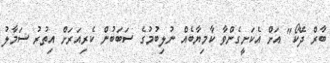
ބާރް ދޭކޯ" އަށް އެކަށީގެންވާ ކާމިޔާބެއް ނުލިބުމުގެ ސަބަބުން ކެރިއަރަށް އިތުރު ސަމާލު